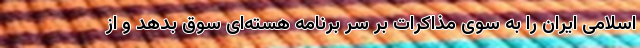
اسلامی ایران را به سوی مذاکرات بر سر برنامه هسته‌ای سوق بدهد و از